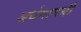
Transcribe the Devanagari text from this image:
अर्धमागघी